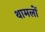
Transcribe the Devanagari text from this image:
थामलों